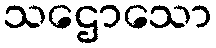
သဌောသော